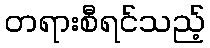
တရားစီရင်သည့်